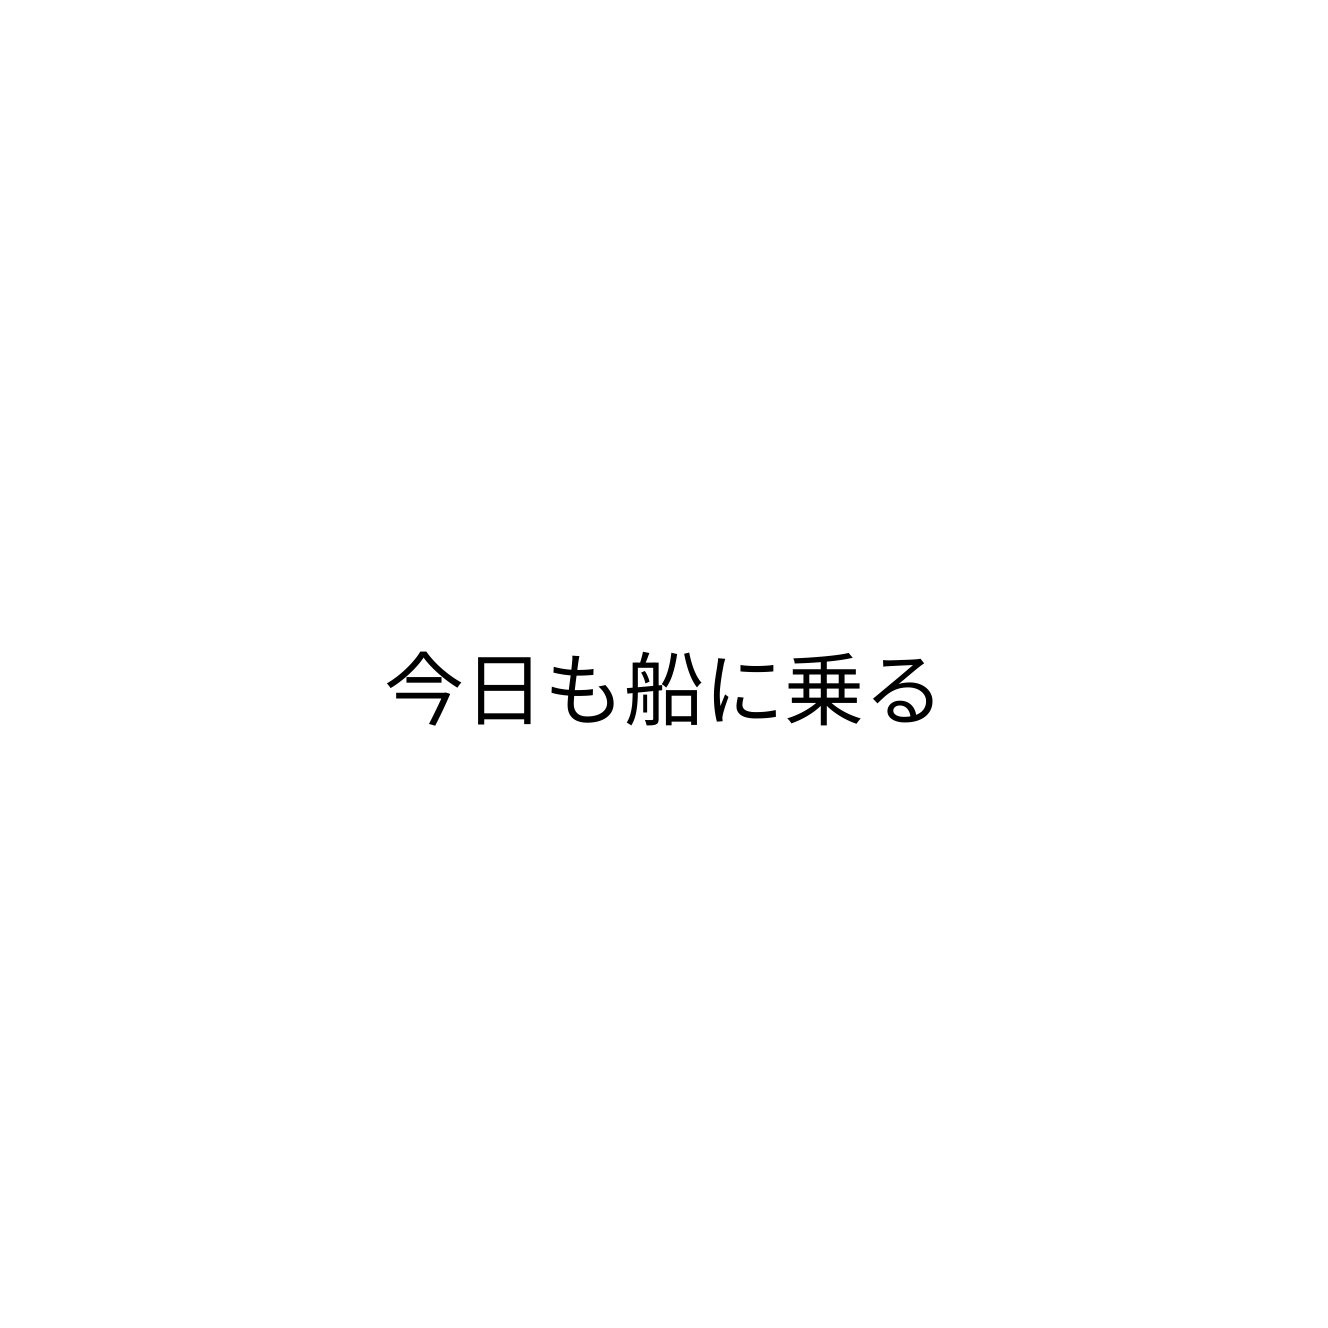
今日も船に乗る